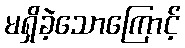
မရှိခဲ့သောကြောင့်